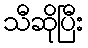
သီဆိုပြီး